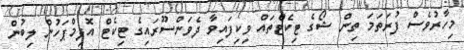
މިހާރުވެސް ފުރަތަމަ ތިން ޝޯގެ ޓިކެޓްތައް ވިކިފައިވާ ދެވަންސޫރައިގެ ޓިކެޓް އޮފިމްޕަހުން ލިބުން